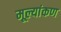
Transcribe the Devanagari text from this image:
मूल्यांकण